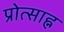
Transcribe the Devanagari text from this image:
प्रोत्साह्न